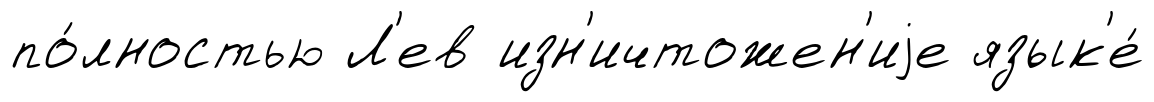
по́лностью Л'ев изн'ичтожен'иjе язык'е́